Scottish Leaving Certificate Examination, 1959
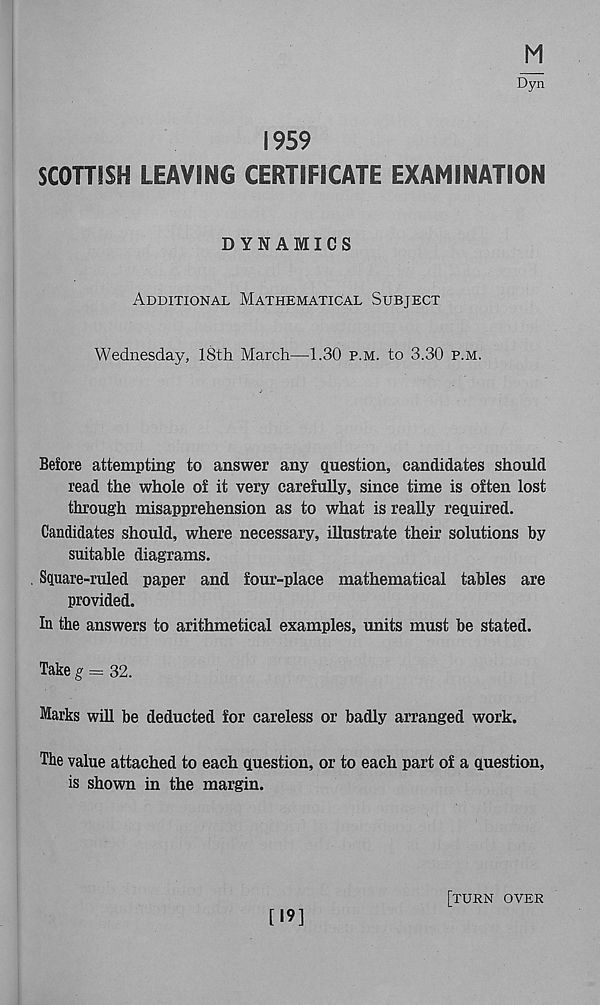
M
1959
SCOTTISH LEAVING CERTIFICATE EXAMINATION
DYNAMICS
Additional Mathematical Subject
Wednesday, 18th March—1.30 p.m. to 3.30 p.m.
Before attempting to answer any question, candidates should
read the whole of it very carefully, since time is often lost
through misapprehension as to what is really required.
Candidates should, where necessary, illustrate their solutions by
suitable diagrams.
Square-ruled paper and four-place mathematical tables are
provided.
In the answers to arithmetical examples, units must be stated.
Take g = 32.
Marks will be deducted for careless or badly arranged work.
The value attached to each question, or to each part of a question,
is shown in the margin.
[19]
[turn over